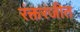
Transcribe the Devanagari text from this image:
रंक्तरंजीत